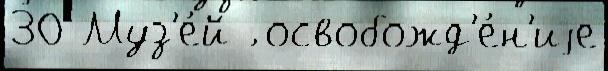
30 Муз'е́й ́ освобожд'е́н'иjе